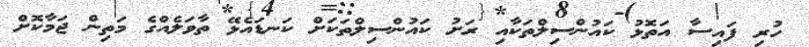
ހުރި ފައިސާ އަތޮޅު ކައުންސިލްތަކާއި ރަށު ކައުންސިލްތަކަށް ކަނޑައެޅޭ ތާވަލެއްގެ މަތިން ޖަމާކޮށް